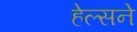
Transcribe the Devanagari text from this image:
हेल्सने